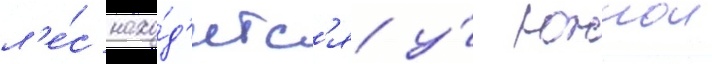
л'е́с нахо́д'итс'я у́ южнои